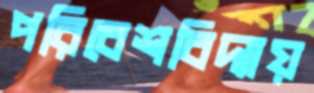
পরিবেশবিদ্যায়